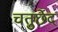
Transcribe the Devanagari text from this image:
चतुर्छेद